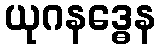
ယုဂနဒ္ဓေန